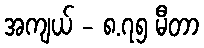
အကျယ် - ၈.၇၅ မီတာ